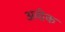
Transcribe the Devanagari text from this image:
अवीक